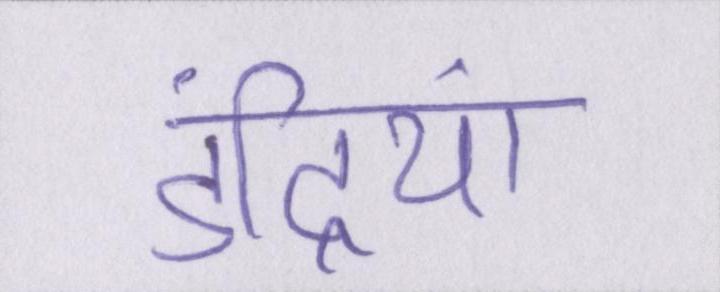
इंद्रियां